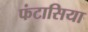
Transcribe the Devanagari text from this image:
फंटासिया